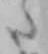
た